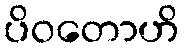
ပိဝတောဟိ